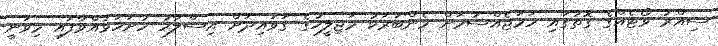
ސިއްރު ވޯޓެއްގެ ގޮތުގައި ހަމަޖެއްސުމަށް މެންބަރަކު މަޖިލީހުގެ ޤަވައިދަށް އިސްލާހު ހުށަހަޅުއްވާފައި މިވަނީ